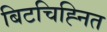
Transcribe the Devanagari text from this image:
बिटचिह्नित